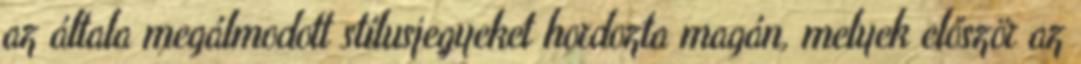
az általa megálmodott stílusjegyeket hordozta magán, melyek először az